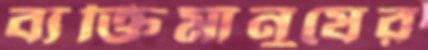
ব্যক্তিমানুষের